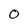
Character: O